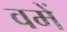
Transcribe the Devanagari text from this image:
वमें